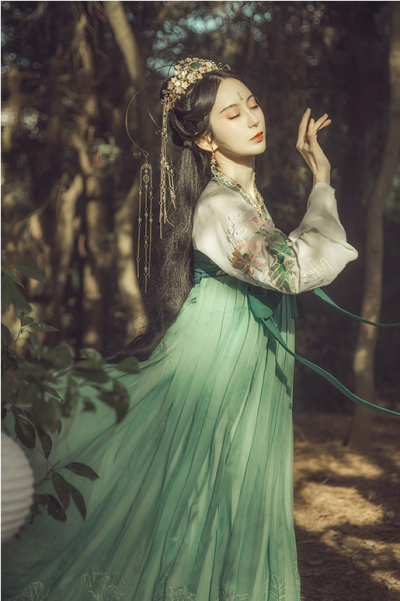
月照城头乌半飞，霜凄万树风入衣。